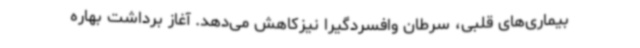
بیماری‌های قلبی، سرطان وافسردگیرا نیزکاهش می‌دهد. آغاز برداشت بهاره